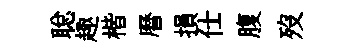
聪趣楷曆損仕腹歿